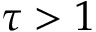
\tau > 1